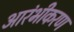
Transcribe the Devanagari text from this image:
आरंभीकरण